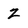
Character: Z